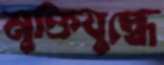
মুক্তিযুদ্ধে